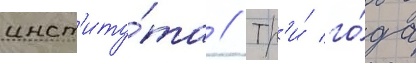
инст'иту́та // Тр'и́ го́да